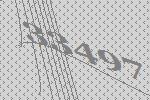
33497